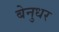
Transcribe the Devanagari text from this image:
बेनुधर